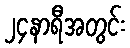
၂၄နာရီအတွင်း